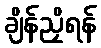
ချိန်ညှိရန်